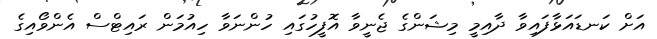
އަށް ކަނޑައަޅާފައިވާ ދާއިމީ މިޝަންގެ ޖެނީވާ އޮފީހުގައި ހުންނަވާ ހިއުމަން ރައިޓްސް އެންވޯއިގެ